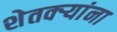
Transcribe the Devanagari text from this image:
शेतक्ऱ्यांना